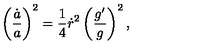
\left( { \frac { \dot { a } } { a } } \right) ^ { 2 } = { \frac { 1 } { 4 } } \dot { r } ^ { 2 } \left( { \frac { g ^ { \prime } } { g } } \right) ^ { 2 } ,